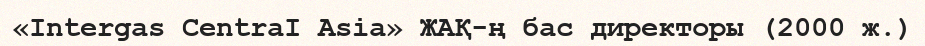
«Intergas CentraI Asia» ЖАҚ-ң бас директоры (2000 ж.)